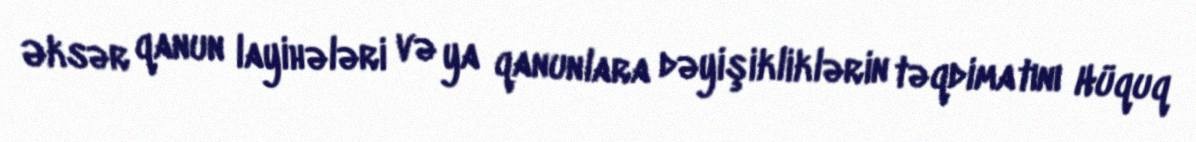
Əksər qanun layihələri və ya qanunlara dəyişikliklərin təqdimatını Hüquq